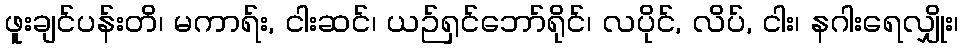
ဖူးချင်ပန်းတိ၊ မကာရ်း, ငါးဆင်၊ ယဉ်ရှင်ဘော်ရိုင်၊ လပိုင်, လိပ်, ငါး၊ နဂါးရေလျှိုး၊